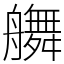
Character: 䒉